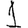
Digit: 1